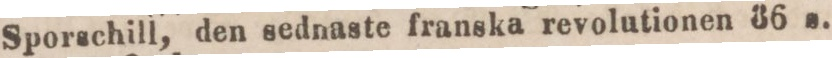
Sporschill, den sednaste franska revolutionen 36 s.